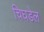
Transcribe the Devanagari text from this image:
चिघडेल